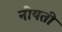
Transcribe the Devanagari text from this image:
नीयती